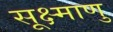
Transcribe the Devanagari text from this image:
सूक्ष्माणु